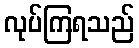
လုပ်ကြရသည်